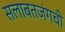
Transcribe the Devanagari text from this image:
सलाबतजंगची